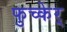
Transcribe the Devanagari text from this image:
फुच्केर्